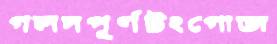
গলদপূর্ণটংগোজ